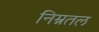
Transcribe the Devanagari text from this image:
निम्नतल